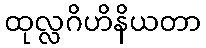
ထုလ္လဂိဟိနိယတာ